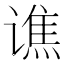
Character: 谯